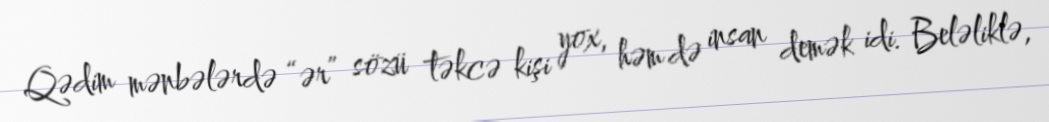
Qədim mənbələrdə “ər” sözü təkcə kişi yox, həm də insan demək idi. Beləliklə,